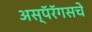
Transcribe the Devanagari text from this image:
अस्पॅरॅगसचे